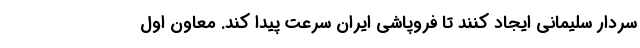
سردار سلیمانی ایجاد کنند تا فروپاشی ایران سرعت پیدا کند. معاون اول